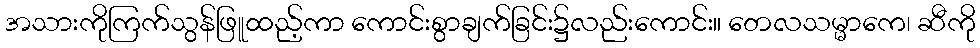
အသားကိုကြက်သွန်ဖြူထည့်ကာ ကောင်းစွာချက်ခြင်း၌လည်းကောင်း။ တေလသမ္မာကေ၊ ဆီကို